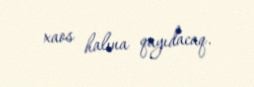
xaos halına qayıdacaq.